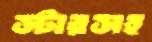
স্টারসহ